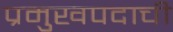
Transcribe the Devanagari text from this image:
प्रमुखपदाची